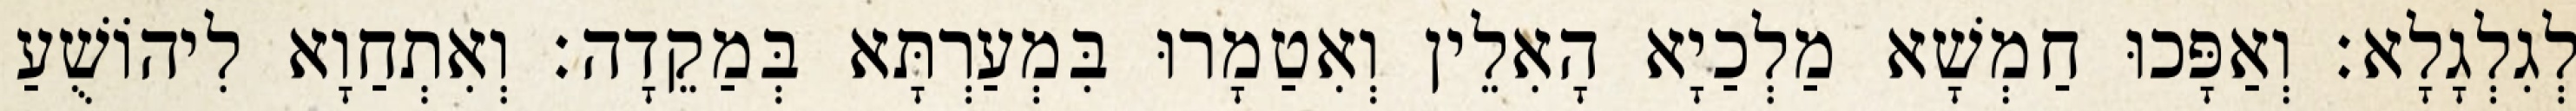
לְגִלְגָלָא׃ וְאַפָּכוּ חַמְשָׁא מַלְכַיָא הָאִלֵין וְאִטַמָרוּ בִּמְעַרְתָּא בְּמַקֵדָה׃ וְאִתְחַוָא לִיהוֹשֻׁעַ